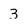
Character: 3